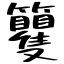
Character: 籰